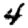
Digit: 4